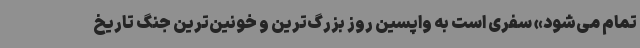
تمام می‌شود» سفری است به واپسین روز بزرگ‌ترین و خونین‌ترین جنگ تاریخ